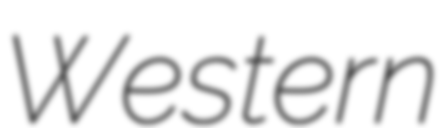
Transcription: Western